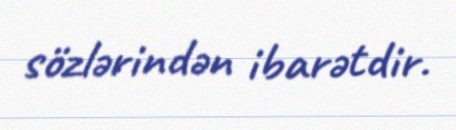
sözlərindən ibarətdir.